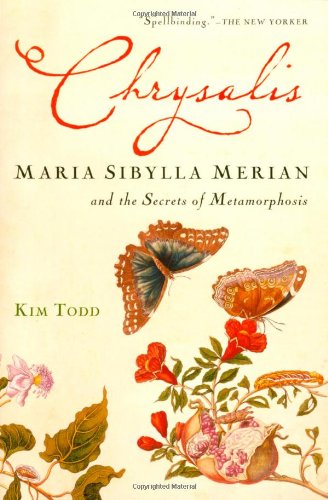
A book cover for Chrysalis: Maria Sibylla Merian and the Secrets of Metamorphosis; Kim Todd; Biographies & Memoirs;